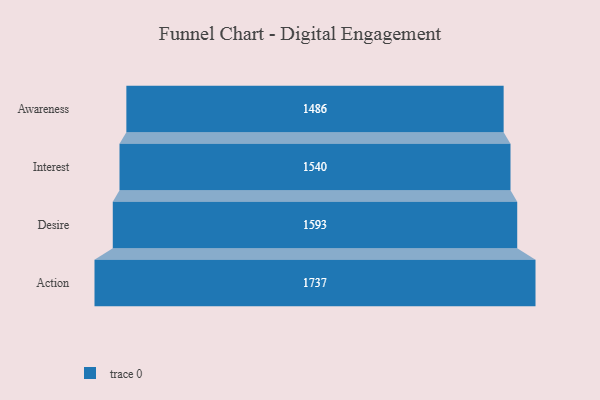
{"axis": {"x": "Stage", "y": "Value"}, "legend": [""], "data": [{"x": "Awareness", "y": 1486.0, "type": ""}, {"x": "Interest", "y": 1540.0, "type": ""}, {"x": "Desire", "y": 1593.0, "type": ""}, {"x": "Action", "y": 1737.0, "type": ""}]}